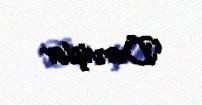
Dərvişlər